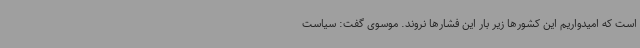
است که امیدواریم این کشورها زیر بار این فشارها نروند. موسوی گفت: سیاست